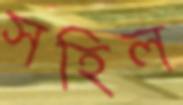
সহিল